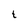
Character: t